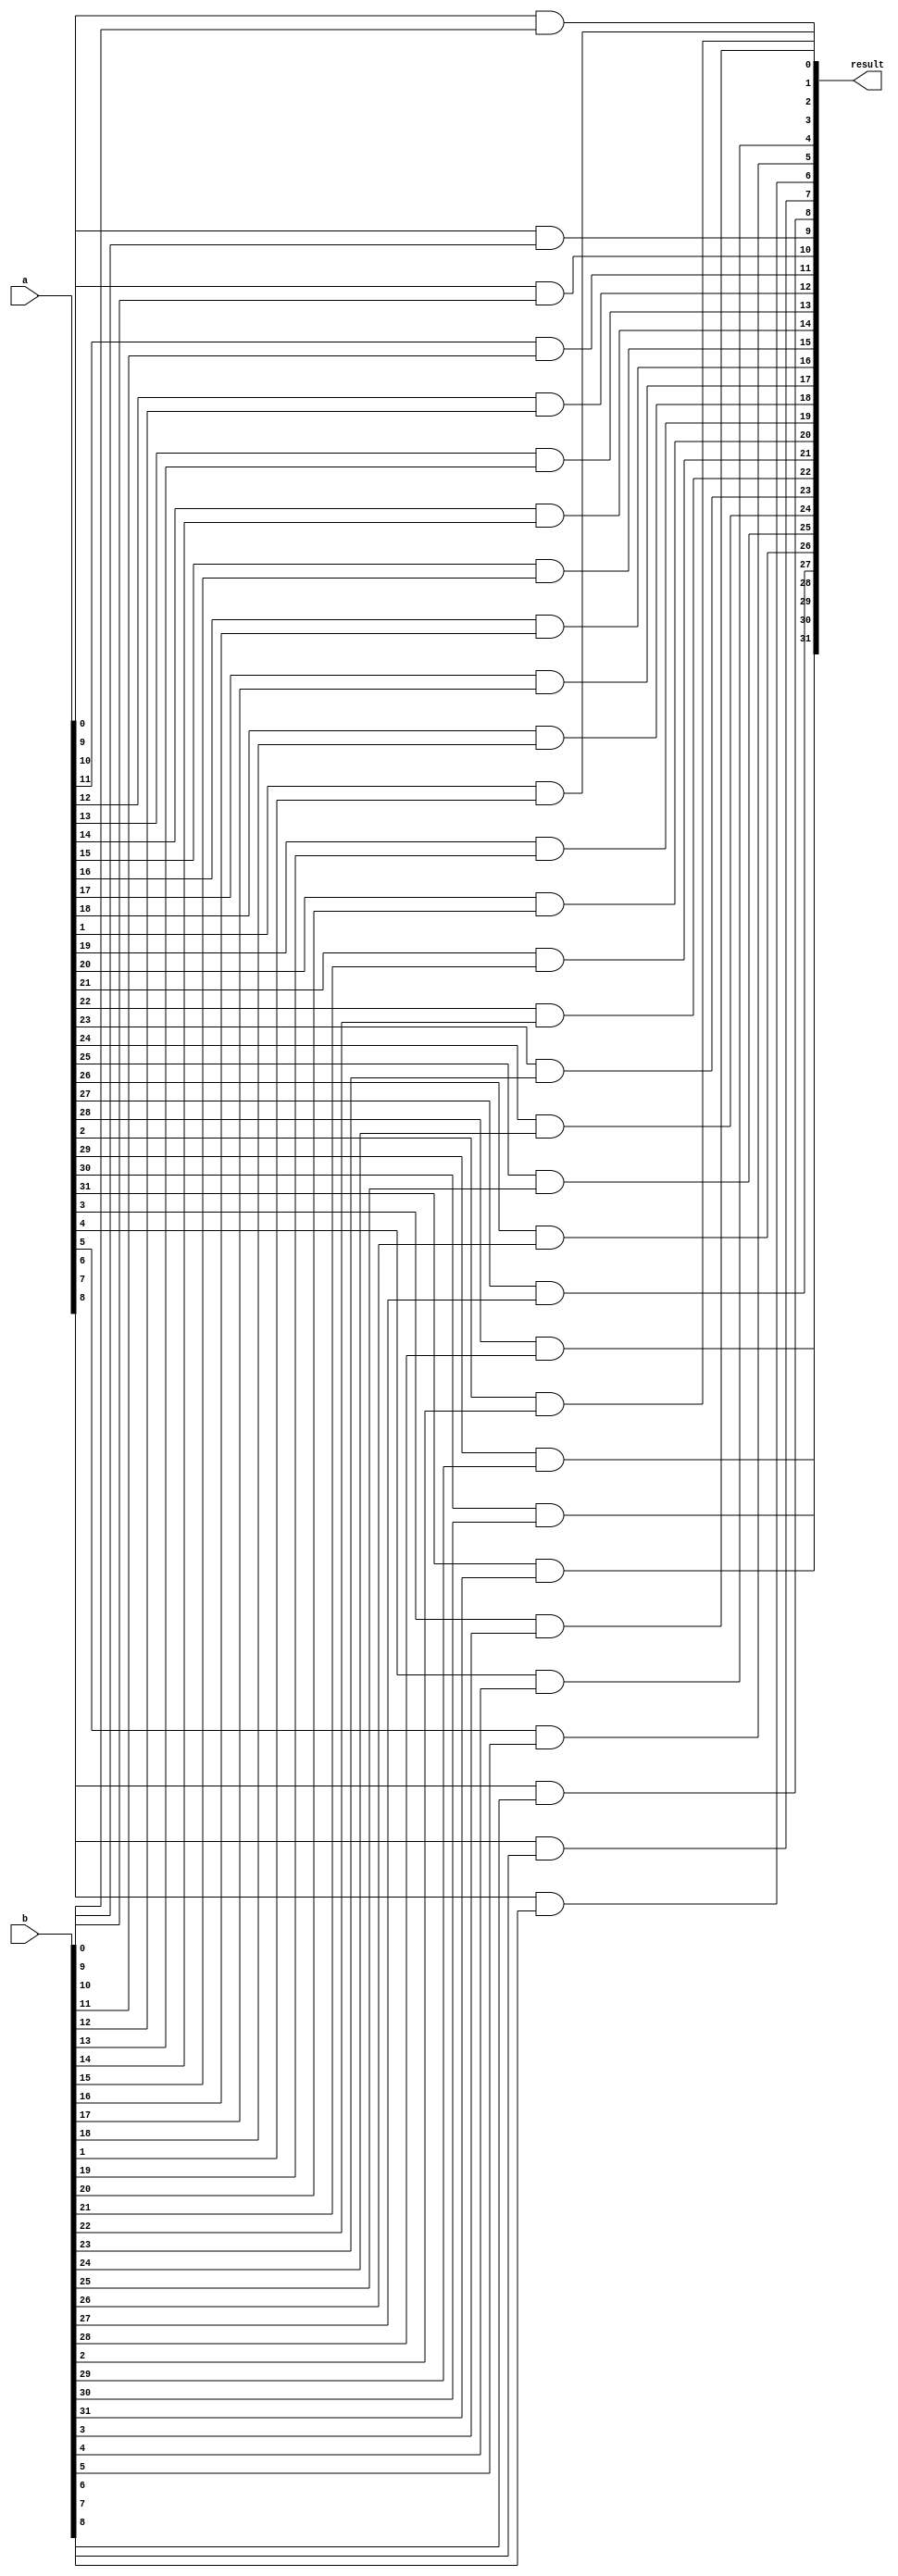
module Para_And(result, a, b);

parameter W = 32;

input [W-1:0] a, b;
output [W-1:0] result;

genvar i;
generate
	for(i = 0; i < W; i = i + 1)
		begin: and_er
		and a1 (result[i], a[i], b[i]);
		end

endgenerate


endmodule